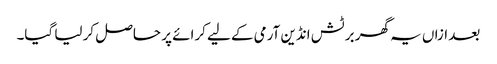
بعد ازاں یہ گھر برٹش انڈین آرمی کے لیے کرائے پر حاصل کر لیا گیا۔